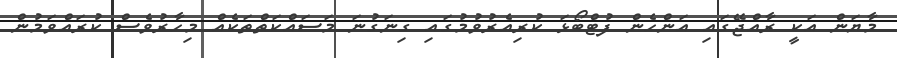
މާޔަން އަކީ ރާއްޖޭގައި އަންހެން ފުޓްބޯޅަ ކުރިއެރުވުމުގައި ގިނަގުނަ މަސައްކަތްތަކެއް މިހާރުވެސް ކުރައްވަމުން